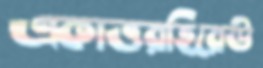
একাত্তরহিরেউ